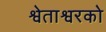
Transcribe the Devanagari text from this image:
श्वेताश्वरको